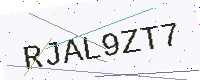
Text: RJAL9ZT7